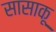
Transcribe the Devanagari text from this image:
सासाकू